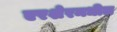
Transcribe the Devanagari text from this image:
एरशेरमधील